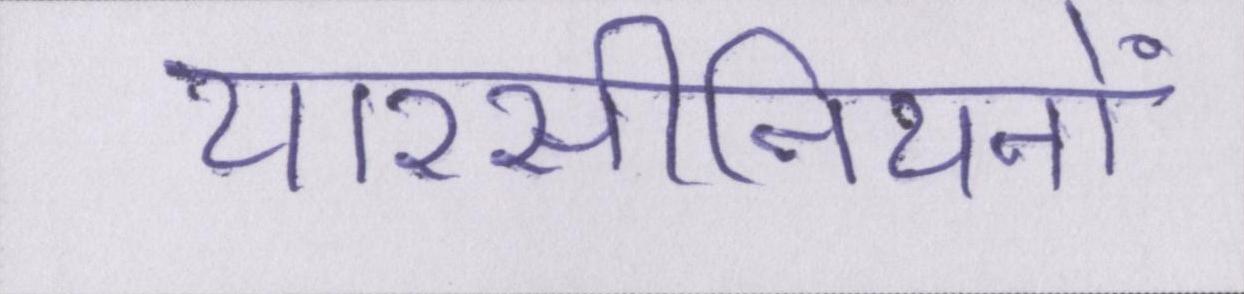
यारसीनियनों